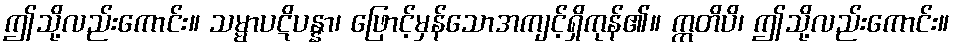
ဤသို့လည်းကောင်း။ သမ္မာပဋိပန္နာ၊ ဖြောင့်မှန်သောအကျင့်ရှိကုန်၏။ ဣတိပိ၊ ဤသို့လည်းကောင်း။